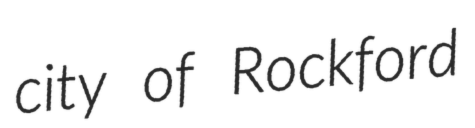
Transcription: city of Rockford